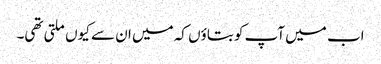
اب میں آپ کو بتاؤں کہ میں ان سے کیوں ملتی تھی۔